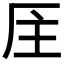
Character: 𠩈